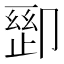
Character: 𫧽